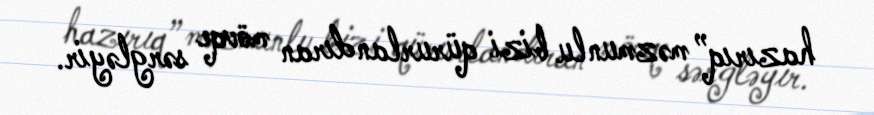
hazırıq” məzmunlu bizi qürurlandıran mövqe sərgləyir.